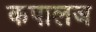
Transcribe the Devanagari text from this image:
कपालज